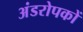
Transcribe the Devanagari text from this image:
अंडरोपकों